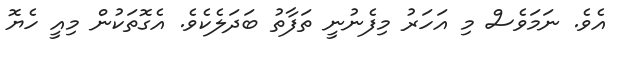
އެވެ. ނަމަވެސް މި އަހަރު މިފެނުނީ ތަފާތު ބަދަލެކެވެ. އެގޮތަކުން މިއީ ހެޔޮ